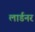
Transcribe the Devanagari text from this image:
लार्डनर